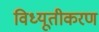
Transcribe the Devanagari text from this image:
विध्यूतीकरण